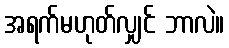
အရက်မဟုတ်လျှင် ဘာလဲ။